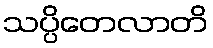
သပ္ပိတေလာတိ